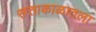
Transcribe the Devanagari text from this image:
सत्ताकाळातला